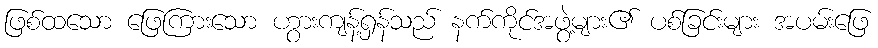
ဖြစ်ထသော ဖြေကြားသော ဟွားကျန့်ရှန်သည် နက်ကိုင်အဖွဲ့များ၏ ပစ်ခြင်းများ အပမ်းဖြေ